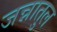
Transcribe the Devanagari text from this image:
जन्नातुल